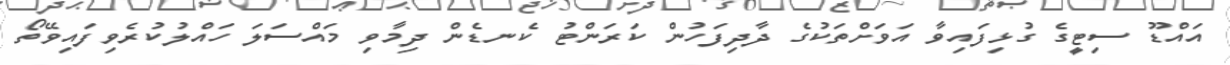
އައްޑޫ ސިޓީގެ ގުޅިފައިވާ އަވަށްތަކުގެ ދާދިފަހުން ކަރަންޓު ކެނޑެން ދިމާވި މައްސަލަ ހައްލުކުރެވިފައިވޭތޯ